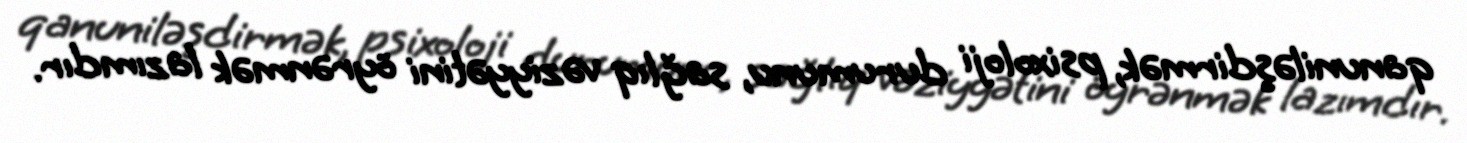
qanuniləşdirmək, psixoloji durumunu, sağlıq vəziyyətini öyrənmək lazımdır.